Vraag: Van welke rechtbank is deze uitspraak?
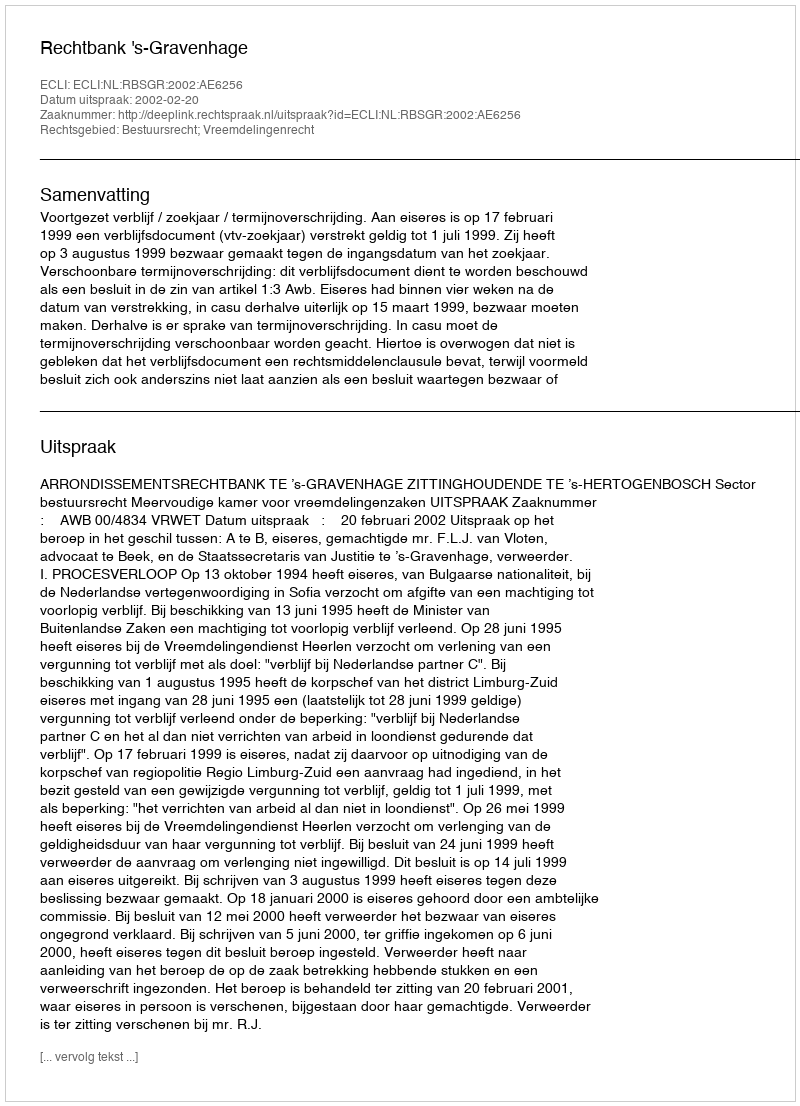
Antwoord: Rechtbank 's-Gravenhage